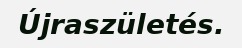
Újraszületés.